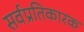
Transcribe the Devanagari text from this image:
सर्वप्रतिकारक